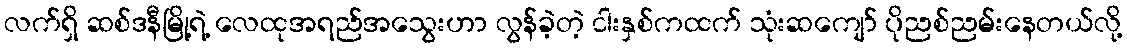
လက်ရှိ ဆစ်ဒနီမြို့ရဲ့ လေထုအရည်အသွေးဟာ လွန်ခဲ့တဲ့ ငါးနှစ်ကထက် သုံးဆကျော် ပိုညစ်ညမ်းနေတယ်လို့